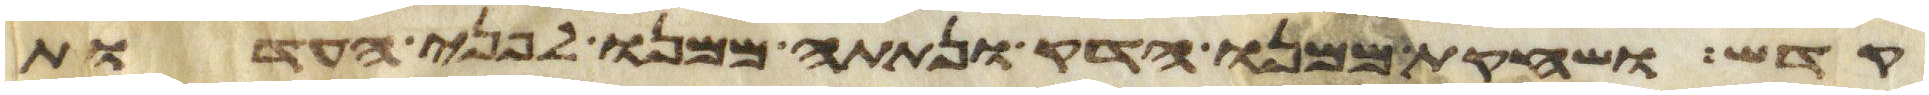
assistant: קדש ושחקת ממנו הדק ונתתה ממנו לפני העדות